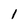
Character: 1